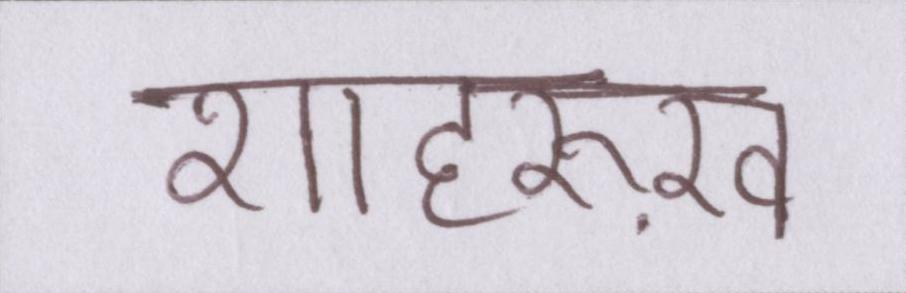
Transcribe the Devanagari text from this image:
शाहरुख़